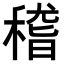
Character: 𥠻